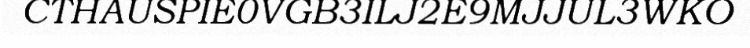
CTHAUSPIE0VGB3ILJ2E9MJJUL3WKO